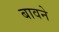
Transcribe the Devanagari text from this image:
बावने